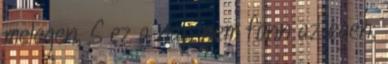
melegen, S ez a nap nem fönn az égen,